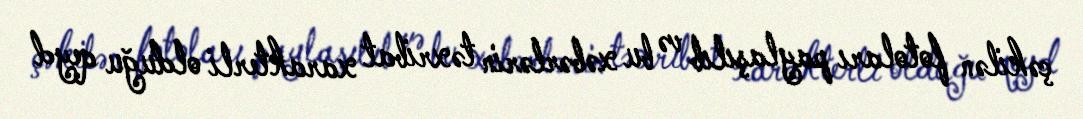
çəkilən fotoları paylaşılıb və bu xəbərlərin təxribat xarakterli olduğu qeyd